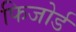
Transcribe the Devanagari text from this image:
फिजोर्ड